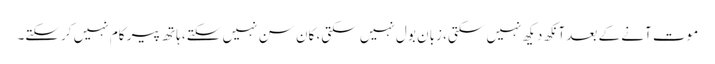
موت آنے کے بعد آنکھ دیکھ نہیں سکتی، زبان بول نہیں سکتی، کان سن نہیں سکتے، ہاتھ پیر کام نہیں کرسکتے۔